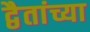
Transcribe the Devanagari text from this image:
द्वैतांच्या